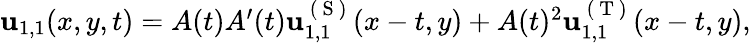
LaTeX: \begin{array}{r}{\mathbf{u}_{1,1}(x,y,t)=A(t)A^{\prime}(t)\mathbf{u}_{1,1}^{\mathrm{~(~S~)~}}(x-t,y)+A(t)^{2}\mathbf{u}_{1,1}^{\mathrm{~(~T~)~}}(x-t,y),}\end{array}